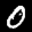
Label: 0